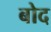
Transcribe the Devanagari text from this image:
बोद